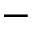
-